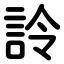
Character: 詅